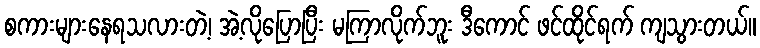
စကားများနေရသလားတဲ့၊ အဲ့လိုပြောပြီး မကြာလိုက်ဘူး ဒီကောင် ဖင်ထိုင်ရက် ကျသွားတယ်။